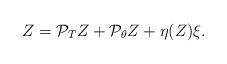
LaTeX: \begin{align*}Z= \mathcal{P}_{T} Z + \mathcal{P}_{\theta} Z +\eta(Z)\xi. \end{align*}